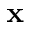
\bf { x }